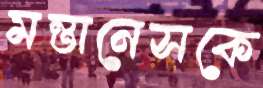
মন্তানেসকে